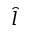
\hat { l }